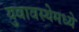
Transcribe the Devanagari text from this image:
युवावस्थेमध्ये